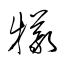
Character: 犠